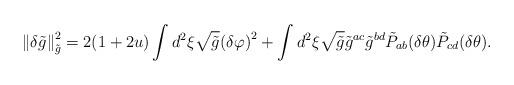
LaTeX: \begin{align*}\left\|\delta\tilde{g}\right\|^2_{\tilde{g}}=2(1+2u)\int{d^2}\xi\sqrt{\tilde{g}}{{(\delta\varphi)}^2}+\int{d^2}\xi\sqrt{\tilde{g}}{\tilde{g}^{ac}}{\tilde{g}^{bd}}{\tilde{P}_{ab}}(\delta\theta){\tilde{P}_{cd}}(\delta\theta).\end{align*}